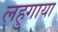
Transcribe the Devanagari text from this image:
लहुगाया